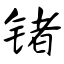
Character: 锗